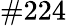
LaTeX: \# 224